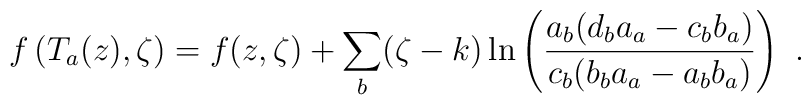
f\left( T_a(z),\zeta\right) =f(z,\zeta)+\sum_b (\zeta -k)\ln \left( \frac{a_b(d_ba_a-c_bb_a)}{c_b(b_ba_a-a_bb_a)}\right) \ .